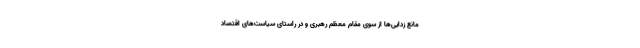
مانع زدایی‌ها از سوی مقام معظم رهبری و در راستای سیاست‌های اقتصاد